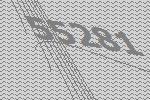
55281